Vaccination North-Western Provinces 1866-1877 - 1866-1877
Year: 1866
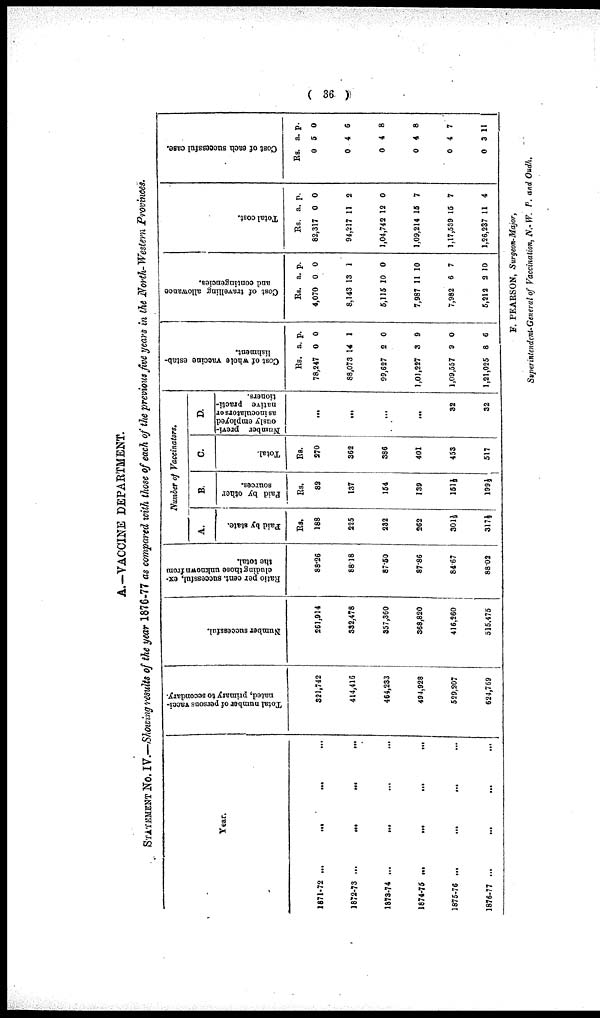
( 36 )
A.—VACCINE DEPARTMENT.
STATEMENT No. IV.— Showing results of the year 1876-77 as compared with those of each of the previous five years in the North-Western Provinces.
Year.
1871-72 ...
...
... ...
1872-73 ...
...
... ...
1873-74 ... ... ... ...
1874-75 ... ... ... ...
1875-76 ... ... ... ...
1876-77 ... ... ... ...
Total number of persons vacci-
nated, primary to secondary.
321,742
414,416
464,233
494,928
529,207
624,769
Number successful.
261,914
332,478
357,360
368,820
416,260
515,475
Ratio per cent. successful, ex¬
cluding those unknown from
the total.
88.26
88.18
87.50
87.86
84.67
88.02
Number of Vaccinators.
A.
Paid by state.
Rs.
188
225
232
262
301½
317½
B.
Paid by other
sources.
Rs.
82
137
154
139
151½
199½
C.
Total.
Rs.
270
362
386
401
453
517
D.
Number previ-
ously employed
as inoculators or
native practi-
tioners.
...
...
...
...
32
32
Cost of whole vaccine estab-
lishment.
Rs.
78,247
88,073
99,627
1,01,227
1,09,557
1,21,025
a.
0
14
2
3
9
8
p.
0
1
0
9
0
6
Cost of travelling allowance
and contingencies.
Rs.
4,070
8,143
5,115
7,987
7,982
5,212
a.
0
13
10
11
6
2
p.
0
1
0
10
7
10
Total cost.
Rs.
82,317
94,217
1,04,742
1,09,214
1,17,539
1,26,237
a.
0
11
12
15
15
11
p.
0
2
0
7
7
4
Cost of each successful case.
Rs.
0
0
0
0
0
0
a.
5
4
4
4
4
3
p.
0
6
8
8
7
11
F. PEARSON, Surgeon-Major,
Superintendent-General of Vaccination, N. W. P. and Oudh.